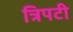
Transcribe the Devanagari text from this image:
त्रिपटी